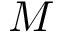
M